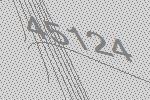
45124